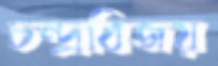
চন্দ্রবিজয়